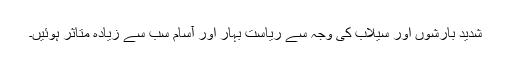
شدید بارشوں اور سیلاب کی وجہ سے ریاست بہار اور آسام سب سے زیادہ متاثر ہوئیں۔